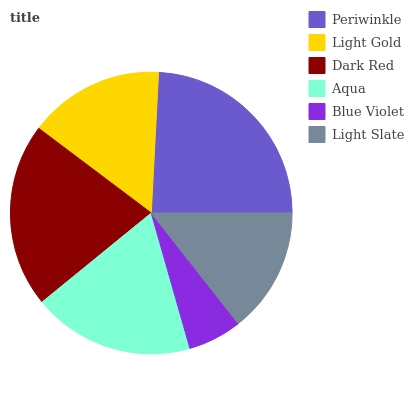
| Periwinkle | Light Gold | Dark Red | Aqua | Blue Violet | Light Slate |
 | --- | --- | --- | --- | --- | --- |
 | 24.2% | 15.6% | 21.2% | 18.5% | 6.19% | 14.4% |